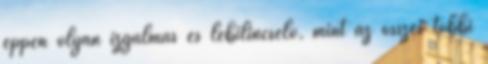
éppen olyan izgalmas és lebilincselő, mint az összes többi